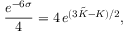
\frac { e ^ { - 6 \sigma } } { 4 } = 4 \, e ^ { ( 3 \tilde { K } - K ) / 2 } ,